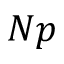
N p